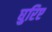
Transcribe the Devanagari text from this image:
घुरिए